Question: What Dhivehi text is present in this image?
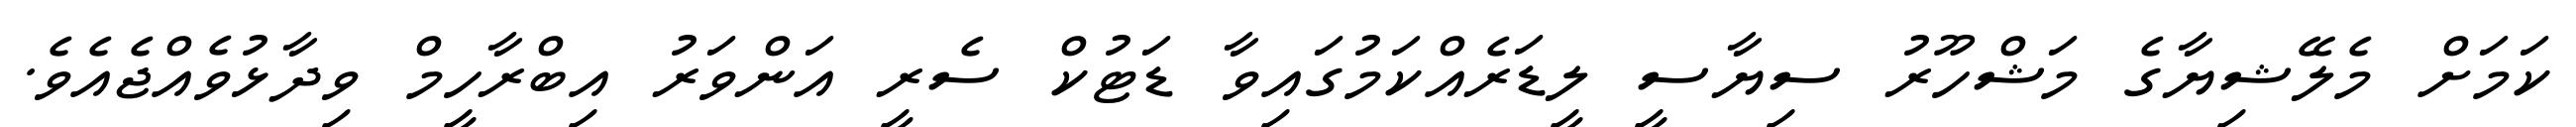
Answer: ކަމަށް މެލޭޝިޔާގެ މަޝްހޫރު ސިޔާސީ ލީޑަރެއްކަމުގައިވާ ޑަޓުކް ސެރީ އަންވަރު އިބްރާހީމް ވިދާޅުވެއްޖެއެވެ.